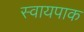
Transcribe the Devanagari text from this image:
स्वायपाक